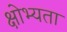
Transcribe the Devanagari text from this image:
क्षोभ्यता